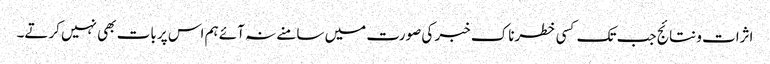
اثرات و نتائج جب تک کسی خطرناک خبر کی صورت میں سامنے نہ آئے ہم اس پر بات بھی نہیں کرتے۔